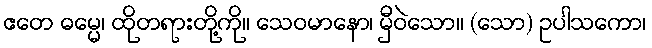
ဧတေ ဓမ္မေ၊ ထိုတရားတို့ကို။ သေဝမာနော၊ မှီဝဲသော။ (သော) ဥပါသကော၊